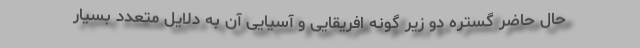
حال حاضر گستره دو زیر گونه افریقایی و آسیایی آن به دلایل متعدد بسیار